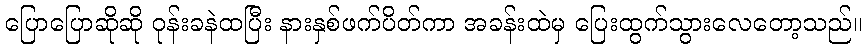
ပြောပြောဆိုဆို ဝုန်းခနဲထပြီး နားနှစ်ဖက်ပိတ်ကာ အခန်းထဲမှ ပြေးထွက်သွားလေတော့သည်။